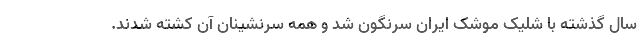
سال گذشته با شلیک موشک ایران سرنگون شد و همه سرنشینان آن کشته شدند.